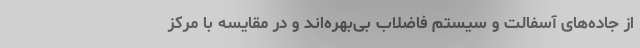
از جاده‌های آسفالت و سیستم فاضلاب بی‌بهره‌اند و در مقایسه با مرکز